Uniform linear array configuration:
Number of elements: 24
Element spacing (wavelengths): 0.5
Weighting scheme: uniform
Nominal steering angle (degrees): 30
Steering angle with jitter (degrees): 29.448
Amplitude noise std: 0.05
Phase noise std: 0.05

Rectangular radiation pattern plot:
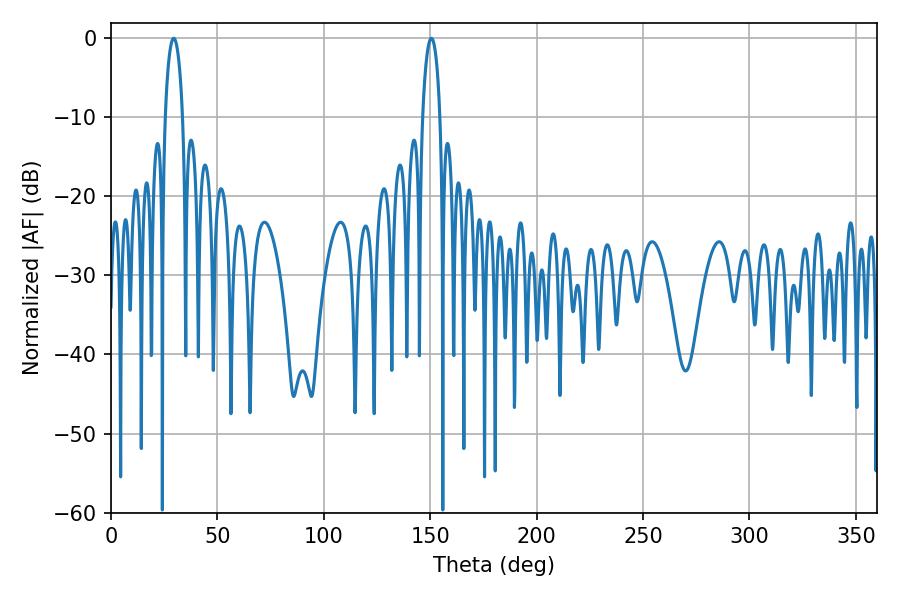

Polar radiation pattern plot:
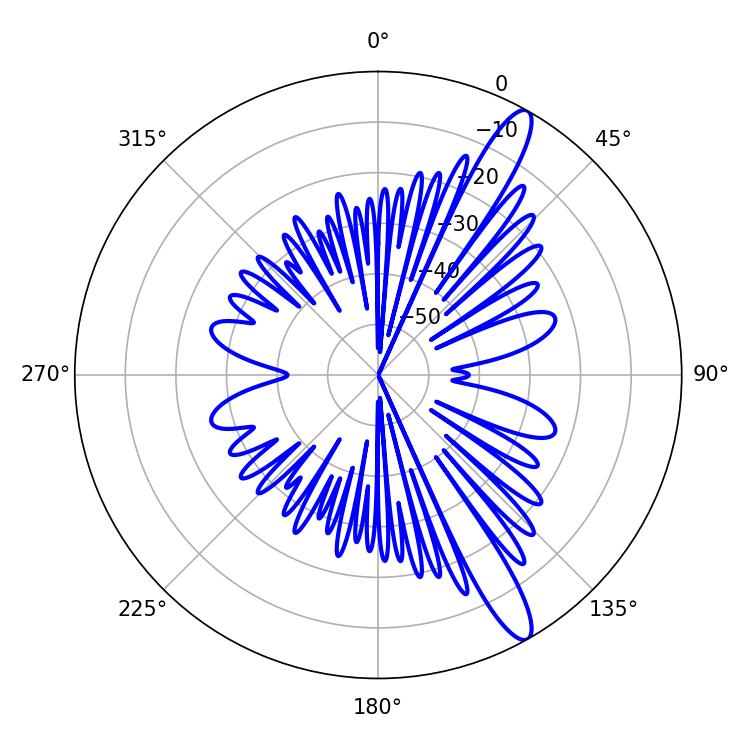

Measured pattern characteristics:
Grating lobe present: FALSE
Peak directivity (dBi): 13.308
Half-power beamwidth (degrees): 4.68
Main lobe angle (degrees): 29.52